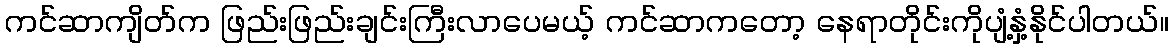
ကင်ဆာကျိတ်က ဖြည်းဖြည်းချင်းကြီးလာပေမယ့် ကင်ဆာကတော့ နေရာတိုင်းကိုပျံ့နှံ့နိုင်ပါတယ်။